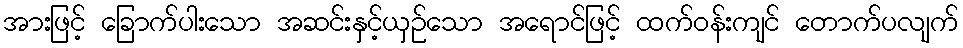
အားဖြင့် ခြောက်ပါးသော အဆင်းနှင့်ယှဉ်သော အရောင်ဖြင့် ထက်ဝန်းကျင် တောက်ပလျက်